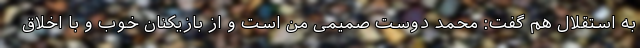
به استقلال هم گفت: محمد دوست صمیمی من است و از بازیکنان خوب و با اخلاق